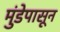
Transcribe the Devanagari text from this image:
मुंडेपासून